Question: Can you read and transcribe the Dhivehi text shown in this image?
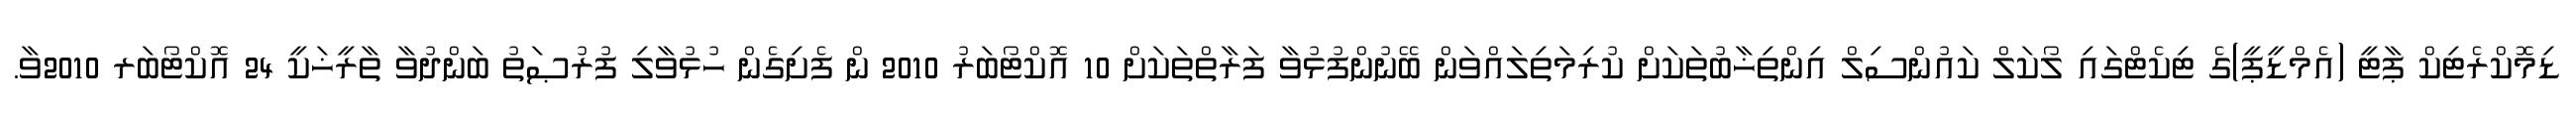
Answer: ޑިމޮކްރެޓިކް ޕާޓީ (އެމްޑީޕީ)ގެ ޓިކެޓްގައި ލޯކަލް ކައުންސިލް އިންތިޚާބުތަކަށް ކުރިމަތިލައްވަން ބޭނުންފުޅުވާ ފަރާތްތަކަށް 10 އޮކްޓޯބަރު 2010 ން ފެށިގެން ހުޅުވާލި ފުރުޞަތު ބަންދުވާ ތާރީޚަކީ 24 އޮކްޓޯބަރ 2010ވާ.